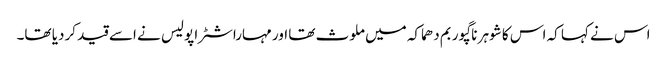
اس نے کہا کہ اس کا شوہر ناگپور بم دھماکہ میں ملوث تھا اور مہاراشٹرا پولیس نے اسے قید کردیا تھا۔